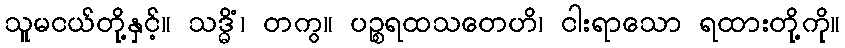
သူမငယ်တို့နှင့်။ သဒ္ဓိံ၊ တကွ။ ပဉ္စရထသတေဟိ၊ ငါးရာသော ရထားတို့ကို။